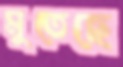
মুতেছে